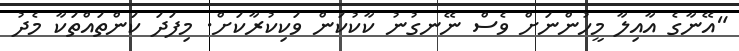
"އޭނާގެ އާއިލާ މީހުންނަށް ވެސް ނޭނގުނު ކާކުކަން ވަކިކުރާކަށް. މިފަދަ ކަންތައްތަކާ މެދު